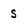
Character: s